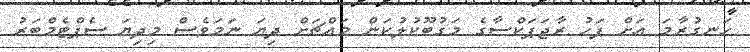
ހަނގުރާމަ އަށް ފަހު ރާޖަޕަކްސާގެ މަގުބޫކުލުކަން މައްޗަށް ދިޔަ ނަމަވެސް މިދިޔަ ސެޕްޓެމްބަރު